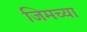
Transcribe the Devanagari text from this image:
जिमच्या